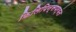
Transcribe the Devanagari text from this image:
फिलिपिन्सपर्यंत